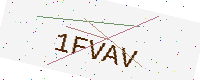
Text: 1FVAV